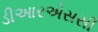
ડીઆરએસસી